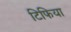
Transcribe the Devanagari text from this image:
टिफिया